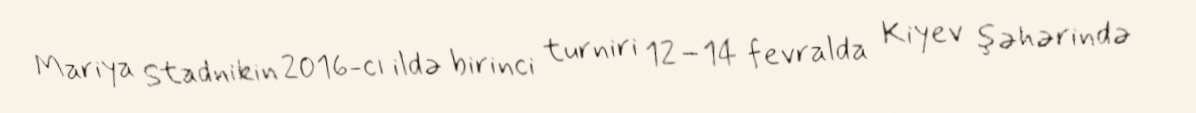
Mariya Stadnikin 2016-cı ildə birinci turniri 12–14 fevralda Kiyev şəhərində